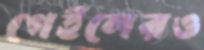
গেইলেরও